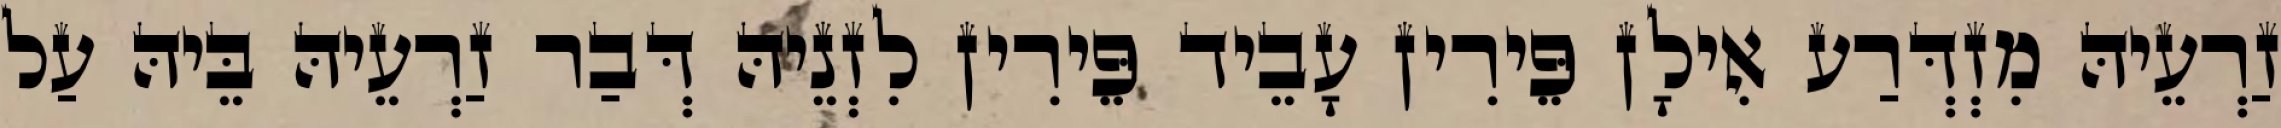
זַרְעֵיהּ מִזְדְּרַע אִילָן פֵּירִין עָבֵיד פֵּירִין לִזְנֵיהּ דְּבַר זַרְעֵיהּ בֵּיהּ עַל